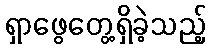
ရှာဖွေတွေ့ရှိခဲ့သည့်